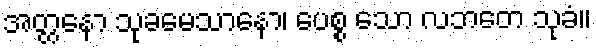
အတ္တနော သုခမေသာနော၊ ပေစ္စ သော လဘတေ သုခံ။